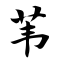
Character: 苇